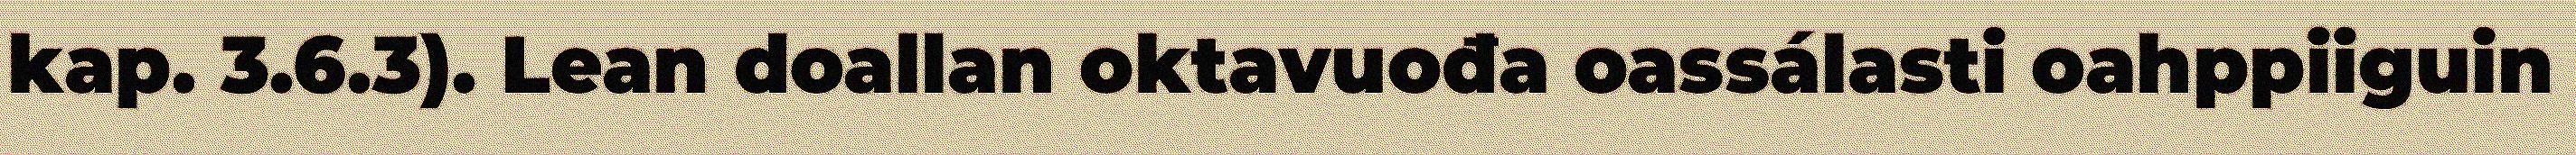
kap. 3.6.3). Lean doallan oktavuođa oassálasti oahppiiguin